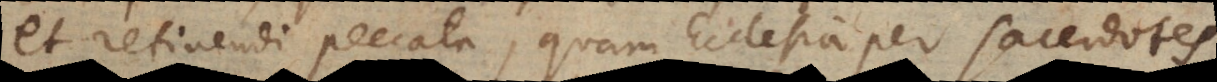
et retinendi peccata, quam Ecclesia per sacerdotes